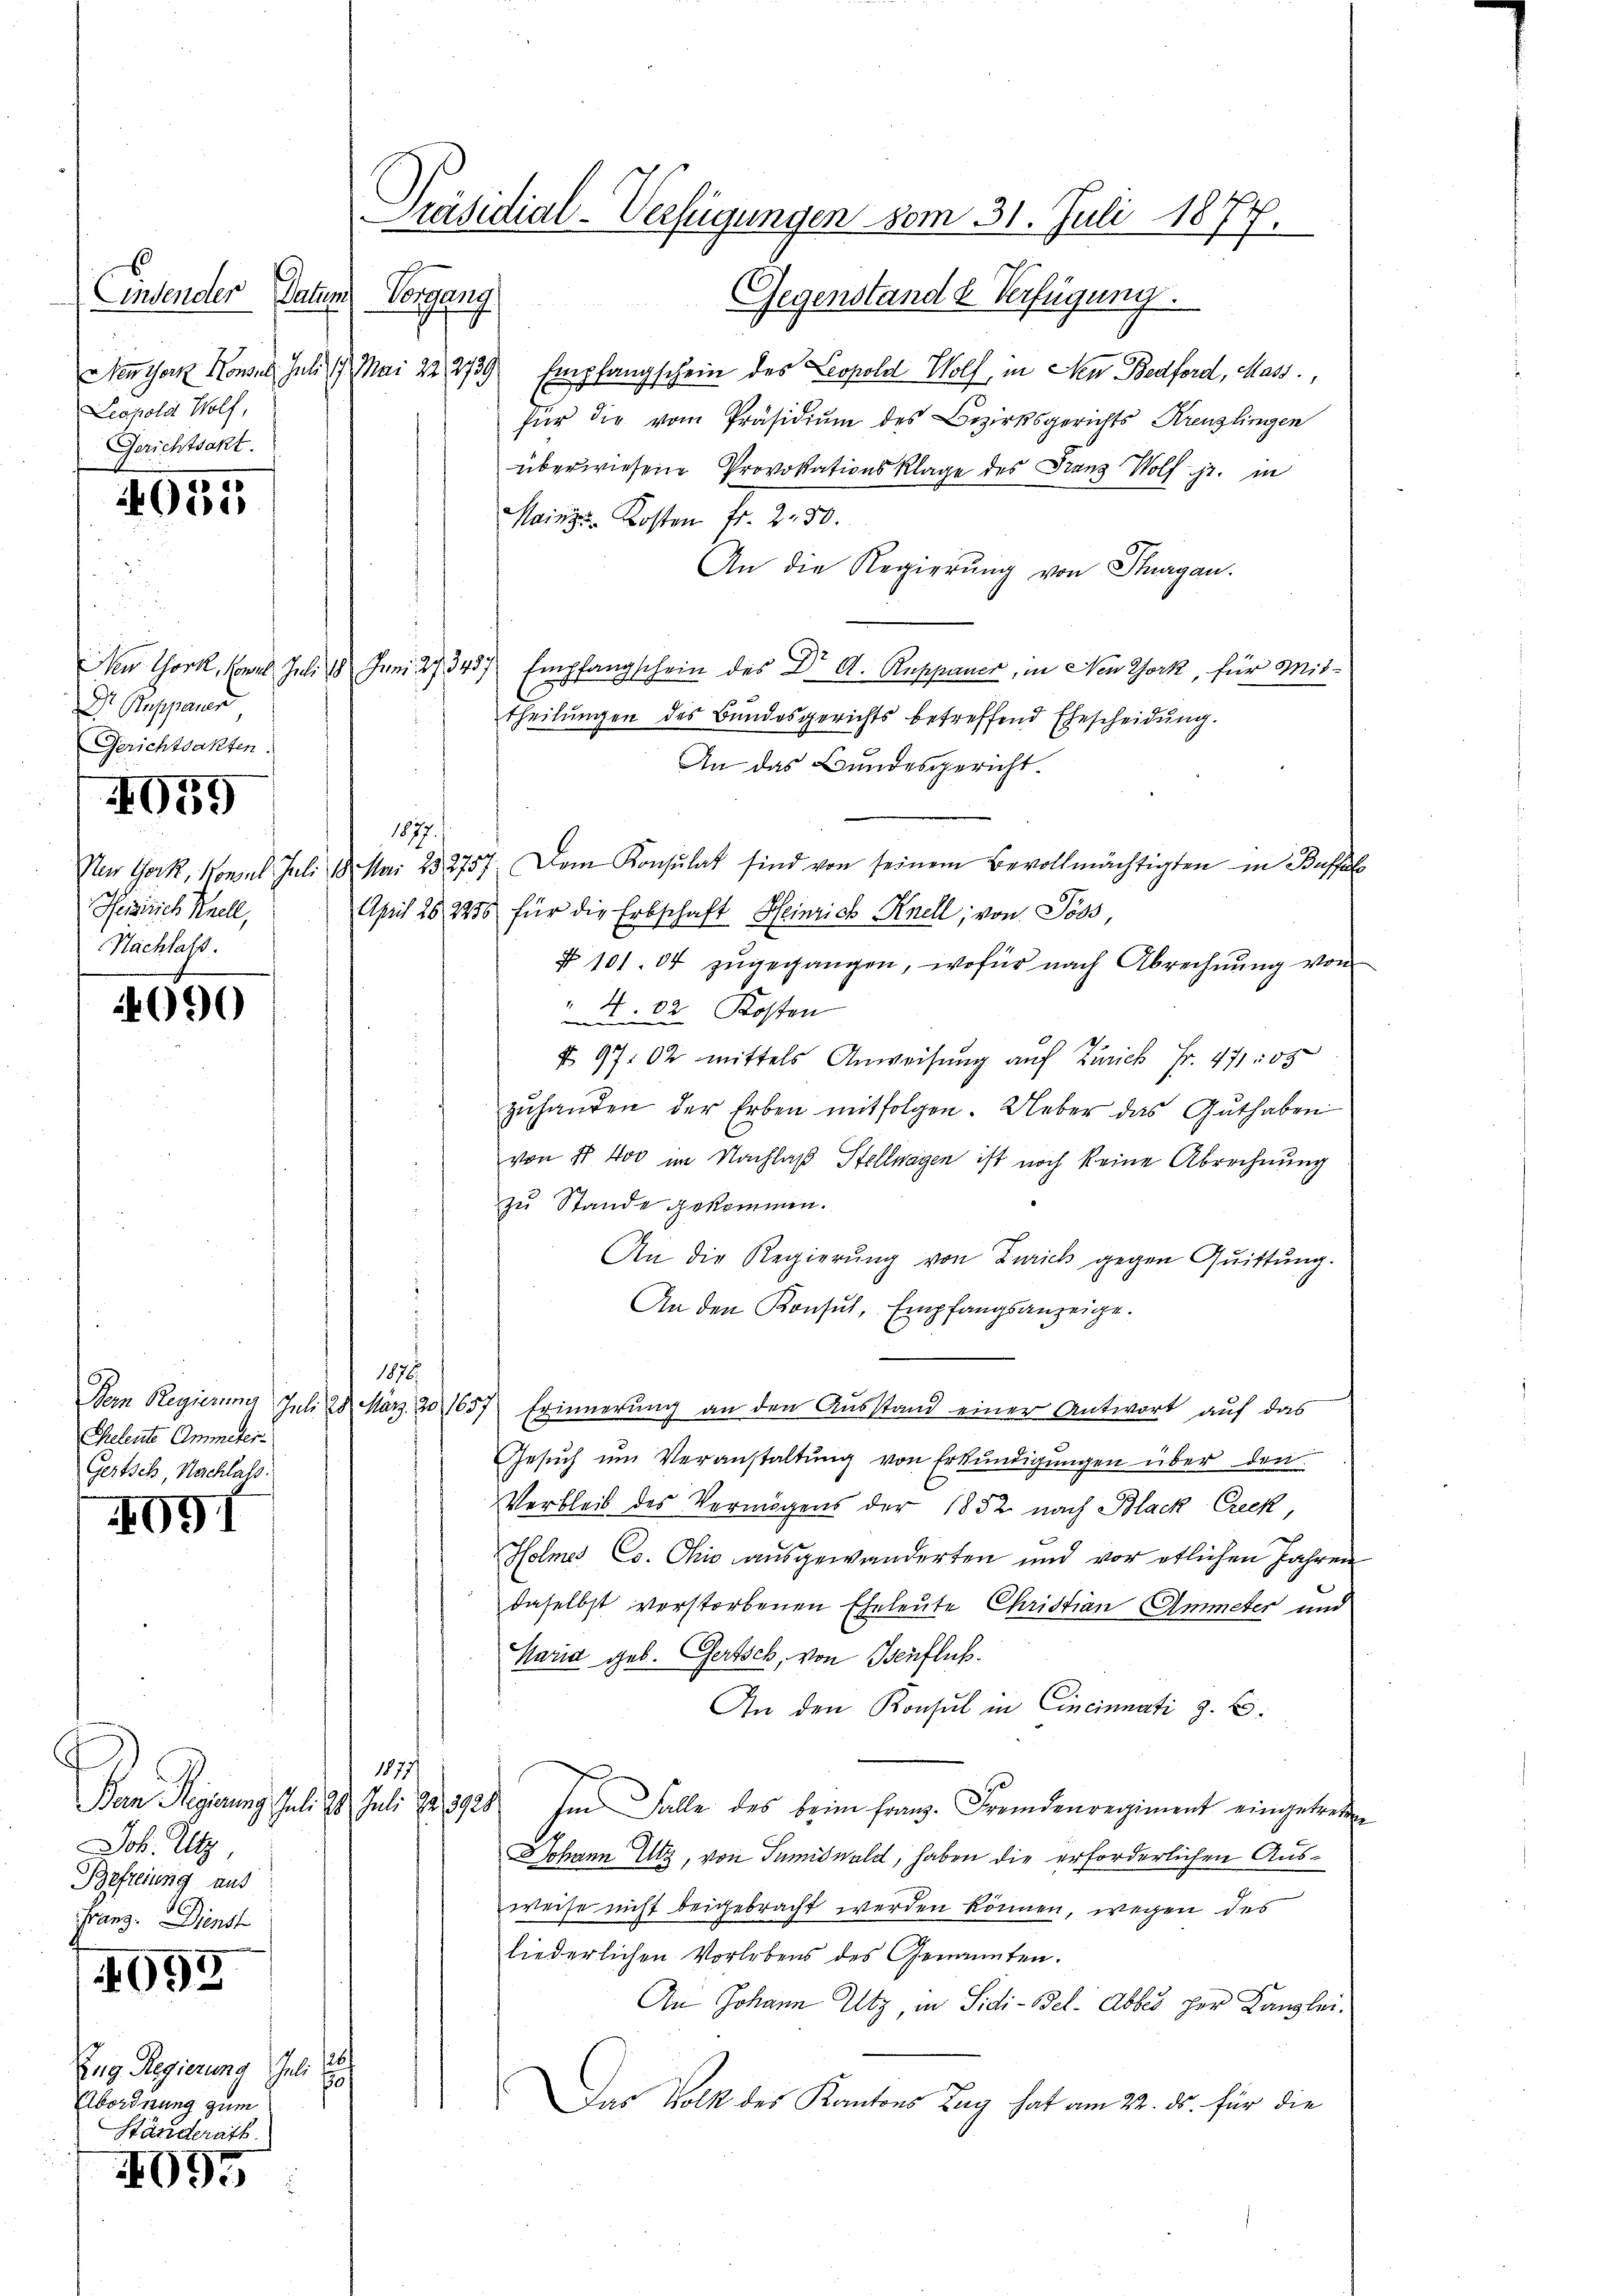
Einsender Datum
Kappung
Leopold Wolf,
Gerichtsakt.

955

Dr Suppauer
Gerichtsakten.

47
1039

Nur Gork, Konsul Juli
Peisrich Snell,
Nachlass.

690

Eheleute Ammeter¬
Gertsch, Nachlals.

091

Job. Utz,
Befreiung aus
Franz. Dienst

4093

Ing. Regierung Juli 18
Abordnung zum
Händerath.

4095

Präsidial-Verfügungen vom 31. Juli 1877.

Gegenstand & Verfügung.
Meuchen Konsul Juli d. Mai 22 239 Empfangschein des Leopold Wolf, in den Bedford, Mass
Für die vom Präsidiŭm des Bezirksgerichts Kreuzlingen
überwiesene Provokationsklage des Franz Wolf jr. in
Mainzer Kosten Fr. 2. 50.
An die Regierŭng von Thurgau.
New York, Conrl Juli 18 Juni 23457 Empfangschein des Dr A. Ruppauer, in New York, für Mittheilungen des Bundesgerichts betreffend Ehescheidung.
An das Bundesgericht.
1877.
18. Mai 252757. Dem Konsulat sind von seinem Bevollmächtigten in Bassel
April 26. 2250 für die Erbschaft Heinrich Knell, von Poss,
§ 101. 04 zugegangen, wofür nach Abrechnung von
" N. 82. Kosten
§ 9702 mittels Anweisung auf Zürich Fr. 471. 55
zŭhanden der Erben mitfolgen. Ueber das Guthaben
von 4 400 im Nachlaß Stellwagen ist noch keine Abrechnung
zu Stande gekommen.
An die Regierŭng von Zürich gegen Quittung.
An den Konsul, Empfangsanzeige.
1875.
Bern Regierung Juli 28. März. 20, 1657 Erinnerung an den Ausstand einer Antwort auf das
Gesŭch ŭm Veranstaltung von Erkundigungen über den
Verbleib des Vermögens der 1852 nach Black Creck,
Holmes Co. Ohio ausgewanderten und vor etlichen Jahren
daselbst verstorbenen Eheleute Christian Immeter und
Maria geb. Gertsch, von Teuflich.
An den Konsul in Cincinnati z. B.
18771
Ban Regierung Juli 20. Juli 12. 1928. Im Falle des beim Franz. Fremdenregiment eingetreten
Johann Utz, von Tumiswald, haben die erforderlichen Ausweise nicht beigebracht werden können, wegen des
liederlichen Vorlebens des Genannten.
An Johann Utz, in Sidi-Bel. Abbes her Kanzlei-
u
Das Volk des Kantons Zug hat am 22. ds. für die